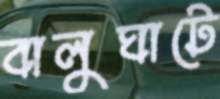
বালুঘাটে